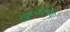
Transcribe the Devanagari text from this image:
गड्डमवाराचे